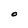
Character: O